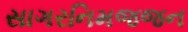
સાગરનિમજજન